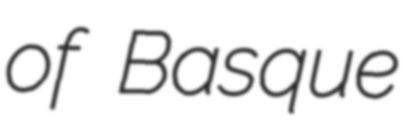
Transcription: of Basque